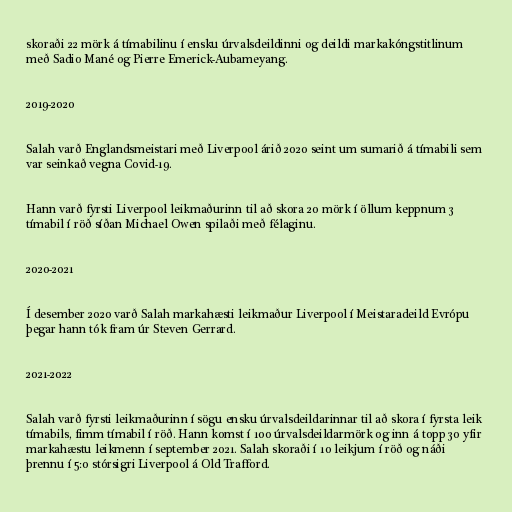
skoraði 22 mörk á tímabilinu í ensku úrvalsdeildinni og deildi markakóngstitlinum
með Sadio Mané og Pierre Emerick-Aubameyang.

2019-2020

Salah varð Englandsmeistari með Liverpool árið 2020 seint um sumarið á tímabili sem
var seinkað vegna Covid-19.

Hann varð fyrsti Liverpool leikmaðurinn til að skora 20 mörk í öllum keppnum 3
tímabil í röð síðan Michael Owen spilaði með félaginu.

2020-2021

Í desember 2020 varð Salah markahæsti leikmaður Liverpool í Meistaradeild Evrópu
þegar hann tók fram úr Steven Gerrard.

2021-2022

Salah varð fyrsti leikmaðurinn í sögu ensku úrvalsdeildarinnar til að skora í fyrsta leik
tímabils, fimm tímabil í röð. Hann komst í 100 úrvalsdeildarmörk og inn á topp 30 yfir
markahæstu leikmenn í september 2021. Salah skoraði í 10 leikjum í röð og náði
þrennu í 5:0 stórsigri Liverpool á Old Trafford.